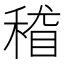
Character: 𱶓